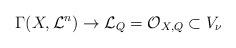
LaTeX: \begin{align*}\Gamma(X,\mathcal L^n)\rightarrow \mathcal L_Q=\mathcal O_{X,Q}\subset V_{\nu}\end{align*}